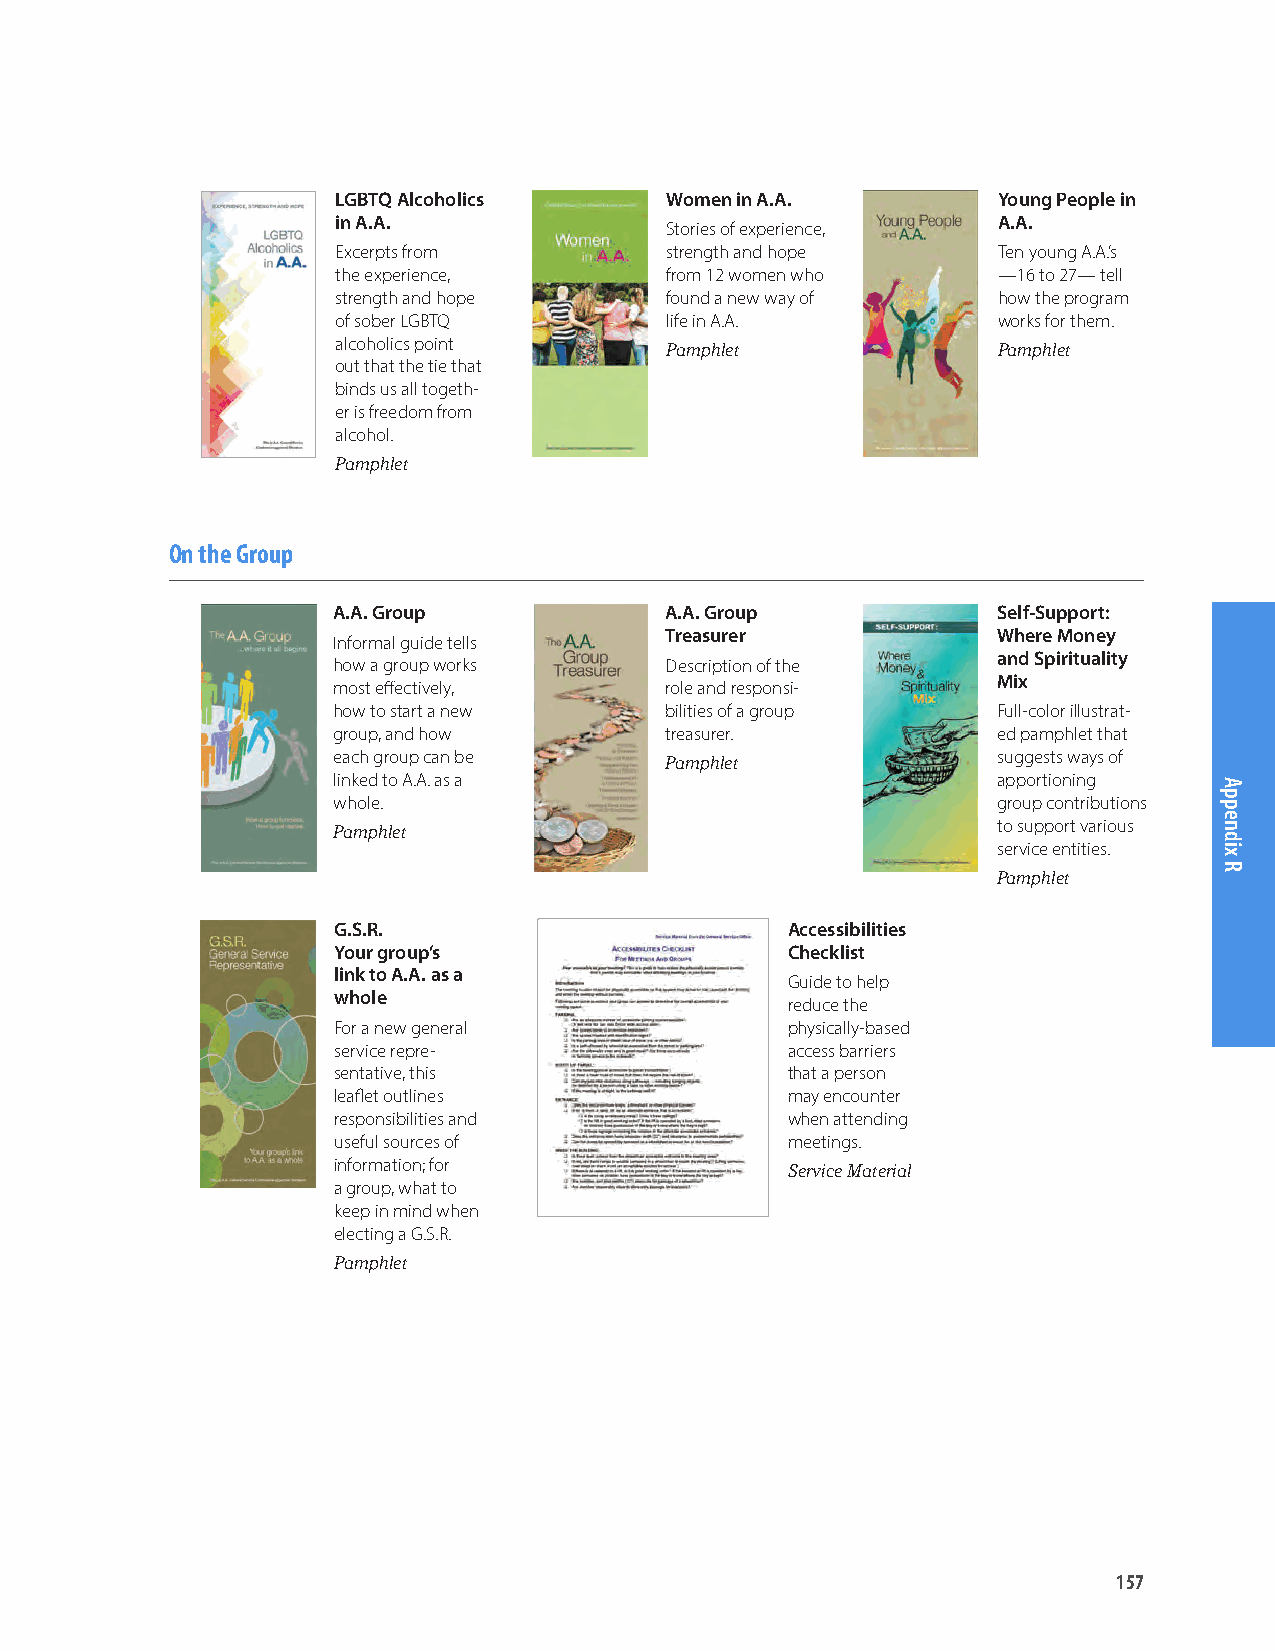
LGBTQ Alcoholics      Women in A.A.         Young People in
 in A.A.                                     A.A.
 Stories of experience,
 Excerpts from         strength and hope     Ten young A.A.’s
 the experience,       from 12 women who     —16 to 27— tell
 strength and hope     found a new way of    how the program
 of sober LGBTQ        life in A.A.          works for them.
 alcoholics point      Pamphlet              Pamphlet
 out that the tie that
 binds us all togeth-
 er is freedom from
 alcohol.
 Pamphlet
 On the Group
 A.A. Group            A.A. Group            Self-Support:
 Treasurer             Where Money
 Informal guide tells
 and Spirituality
 how a group works     Description of the
 Mix
 most effectively,     role and responsi-
 how to start a new    bilities of a group   Full-color illustrat-
 group, and how        treasurer.            ed pamphlet that
 each group can be     Pamphlet              suggests ways of
 linked to A.A. as a                         apportioning
 whole.                                      group contributions
 Pamphlet                                    to support various
 service entities.
 Pamphlet
 G.S.R.                        Accessibilities
 Your group’s                  Checklist
 link to A.A. as a
 Guide to help
 whole
 reduce the
 For a new general             physically-based
 service repre-                access barriers
 sentative, this               that a person
 leaflet outlines              may encounter
 responsibilities and          when attending
 useful sources of             meetings.
 information; for              Service Material
 a group, what to
 keep in mind when
 electing a G.S.R.
 Pamphlet
 157
 Appendix
 R